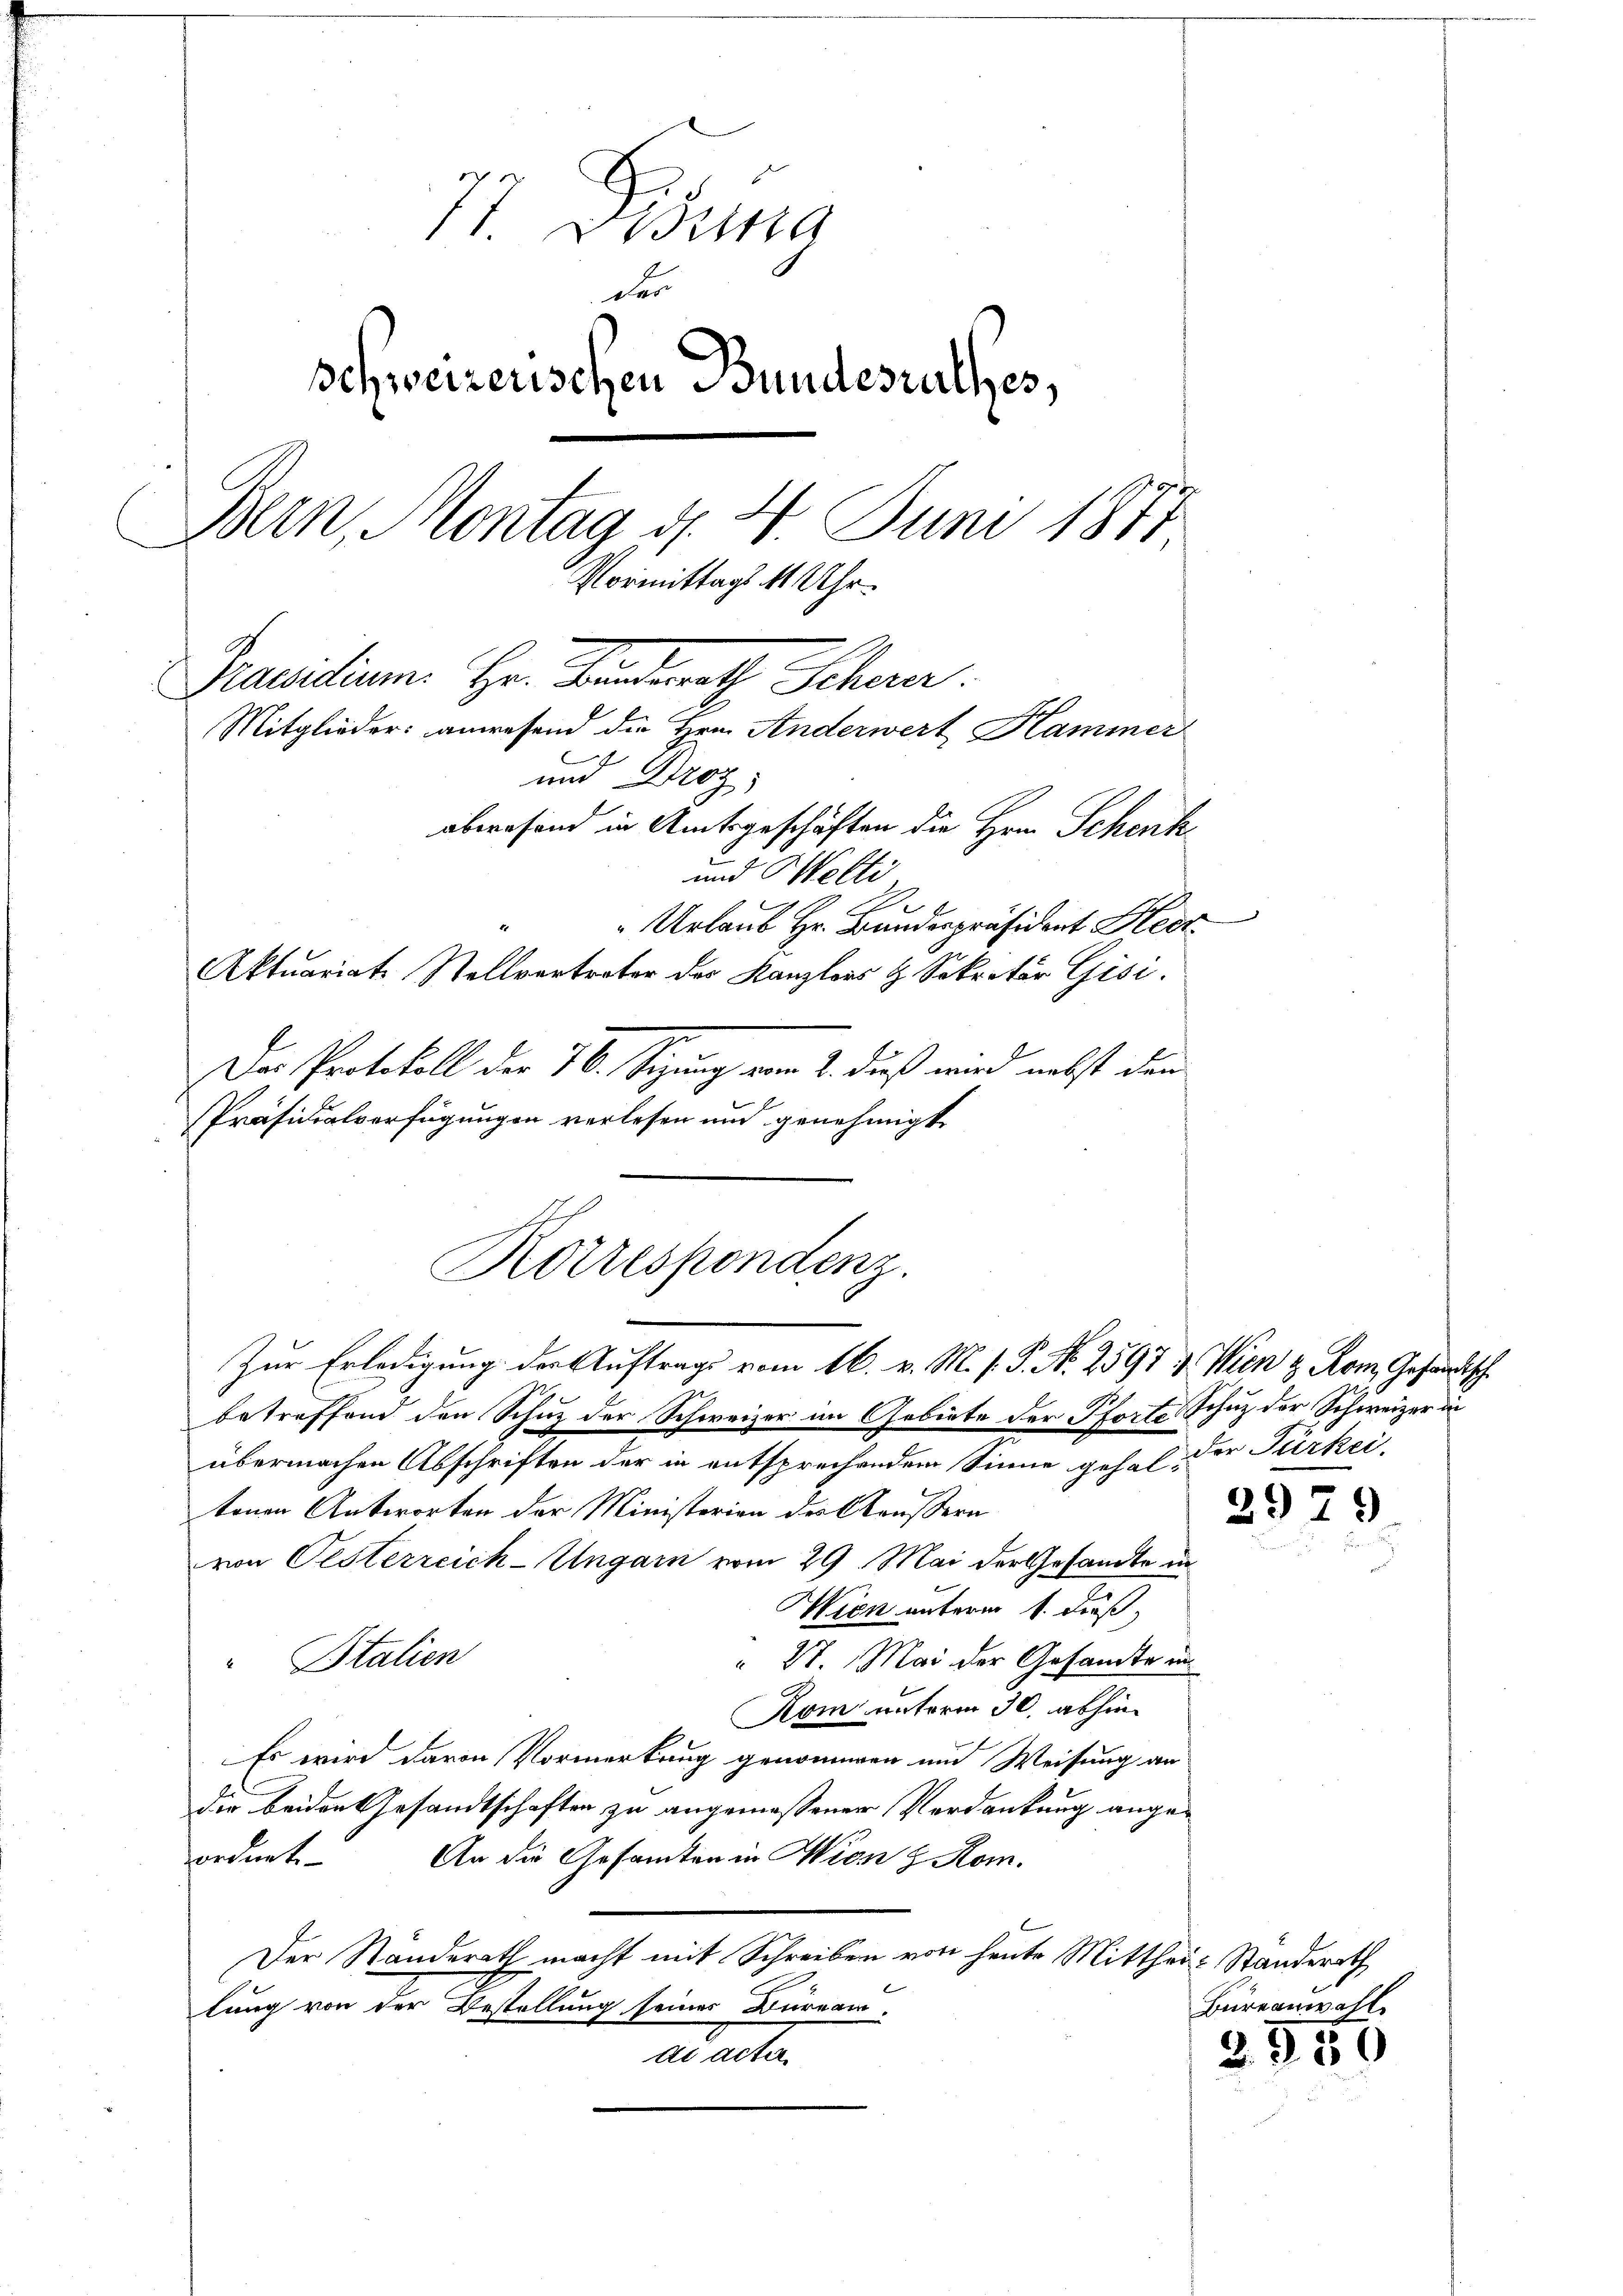
c
77. Bezi
des
schweizerischen Bundesrathes,
Bern, Montag d. 4. Juni 1877
Vormittags 4 Uhr.
Paesidium. Hr. Landrath Schaar.
Mitglieder: anwesend die Hrn. Anderwert Kammer
und Droz.
abwesend in Amtsgeschäften die Hrn. Schenk
und Welti
Urlaub Hr. Bunderpräsident Her
Aktuariats Stellvertreter des Kanzlers H. Sekretär Gisi,

Das Protokoll der 70. Seizung vom 2. dieß wird nebst denn
Präsidialverfügungen verlesen und genehmigt
betreffend den Schuz der Schweizer im Gebiete der Pforte Schuz der Schweizer in
übermachen Abschriften der in entsprechendem Sinne gehalt der Türkei-
tenen Antworten der Ministerien des Käussern
von Oesterreich-Ungarn vom 29. Mai der Gesandte in
Wien unterm 1. dieß,
 27. Mai der Gesandte in
Italien
Kom unterm 30. abhin
Es wird davon Vormerkung genommen und Weisung an
die beiden Gesandtschaften zu angemeßener Verdankung angezordnet.
An die Gesamten in Wien z Rom.
Der Standerath macht mit Schreiben von heute Mitthei-Standerath
lung von der Bestellung seines Bureau.
ad acte.

Korrespondenz.
Zur Erledigung der Auftrags vom 16. v. M. /. P. No. 2597 & Wien & Rom Gesandtsch

29

29

Büreanwall

2. 950